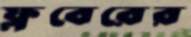
ফ্লবেরের